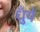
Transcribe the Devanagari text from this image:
धुँये